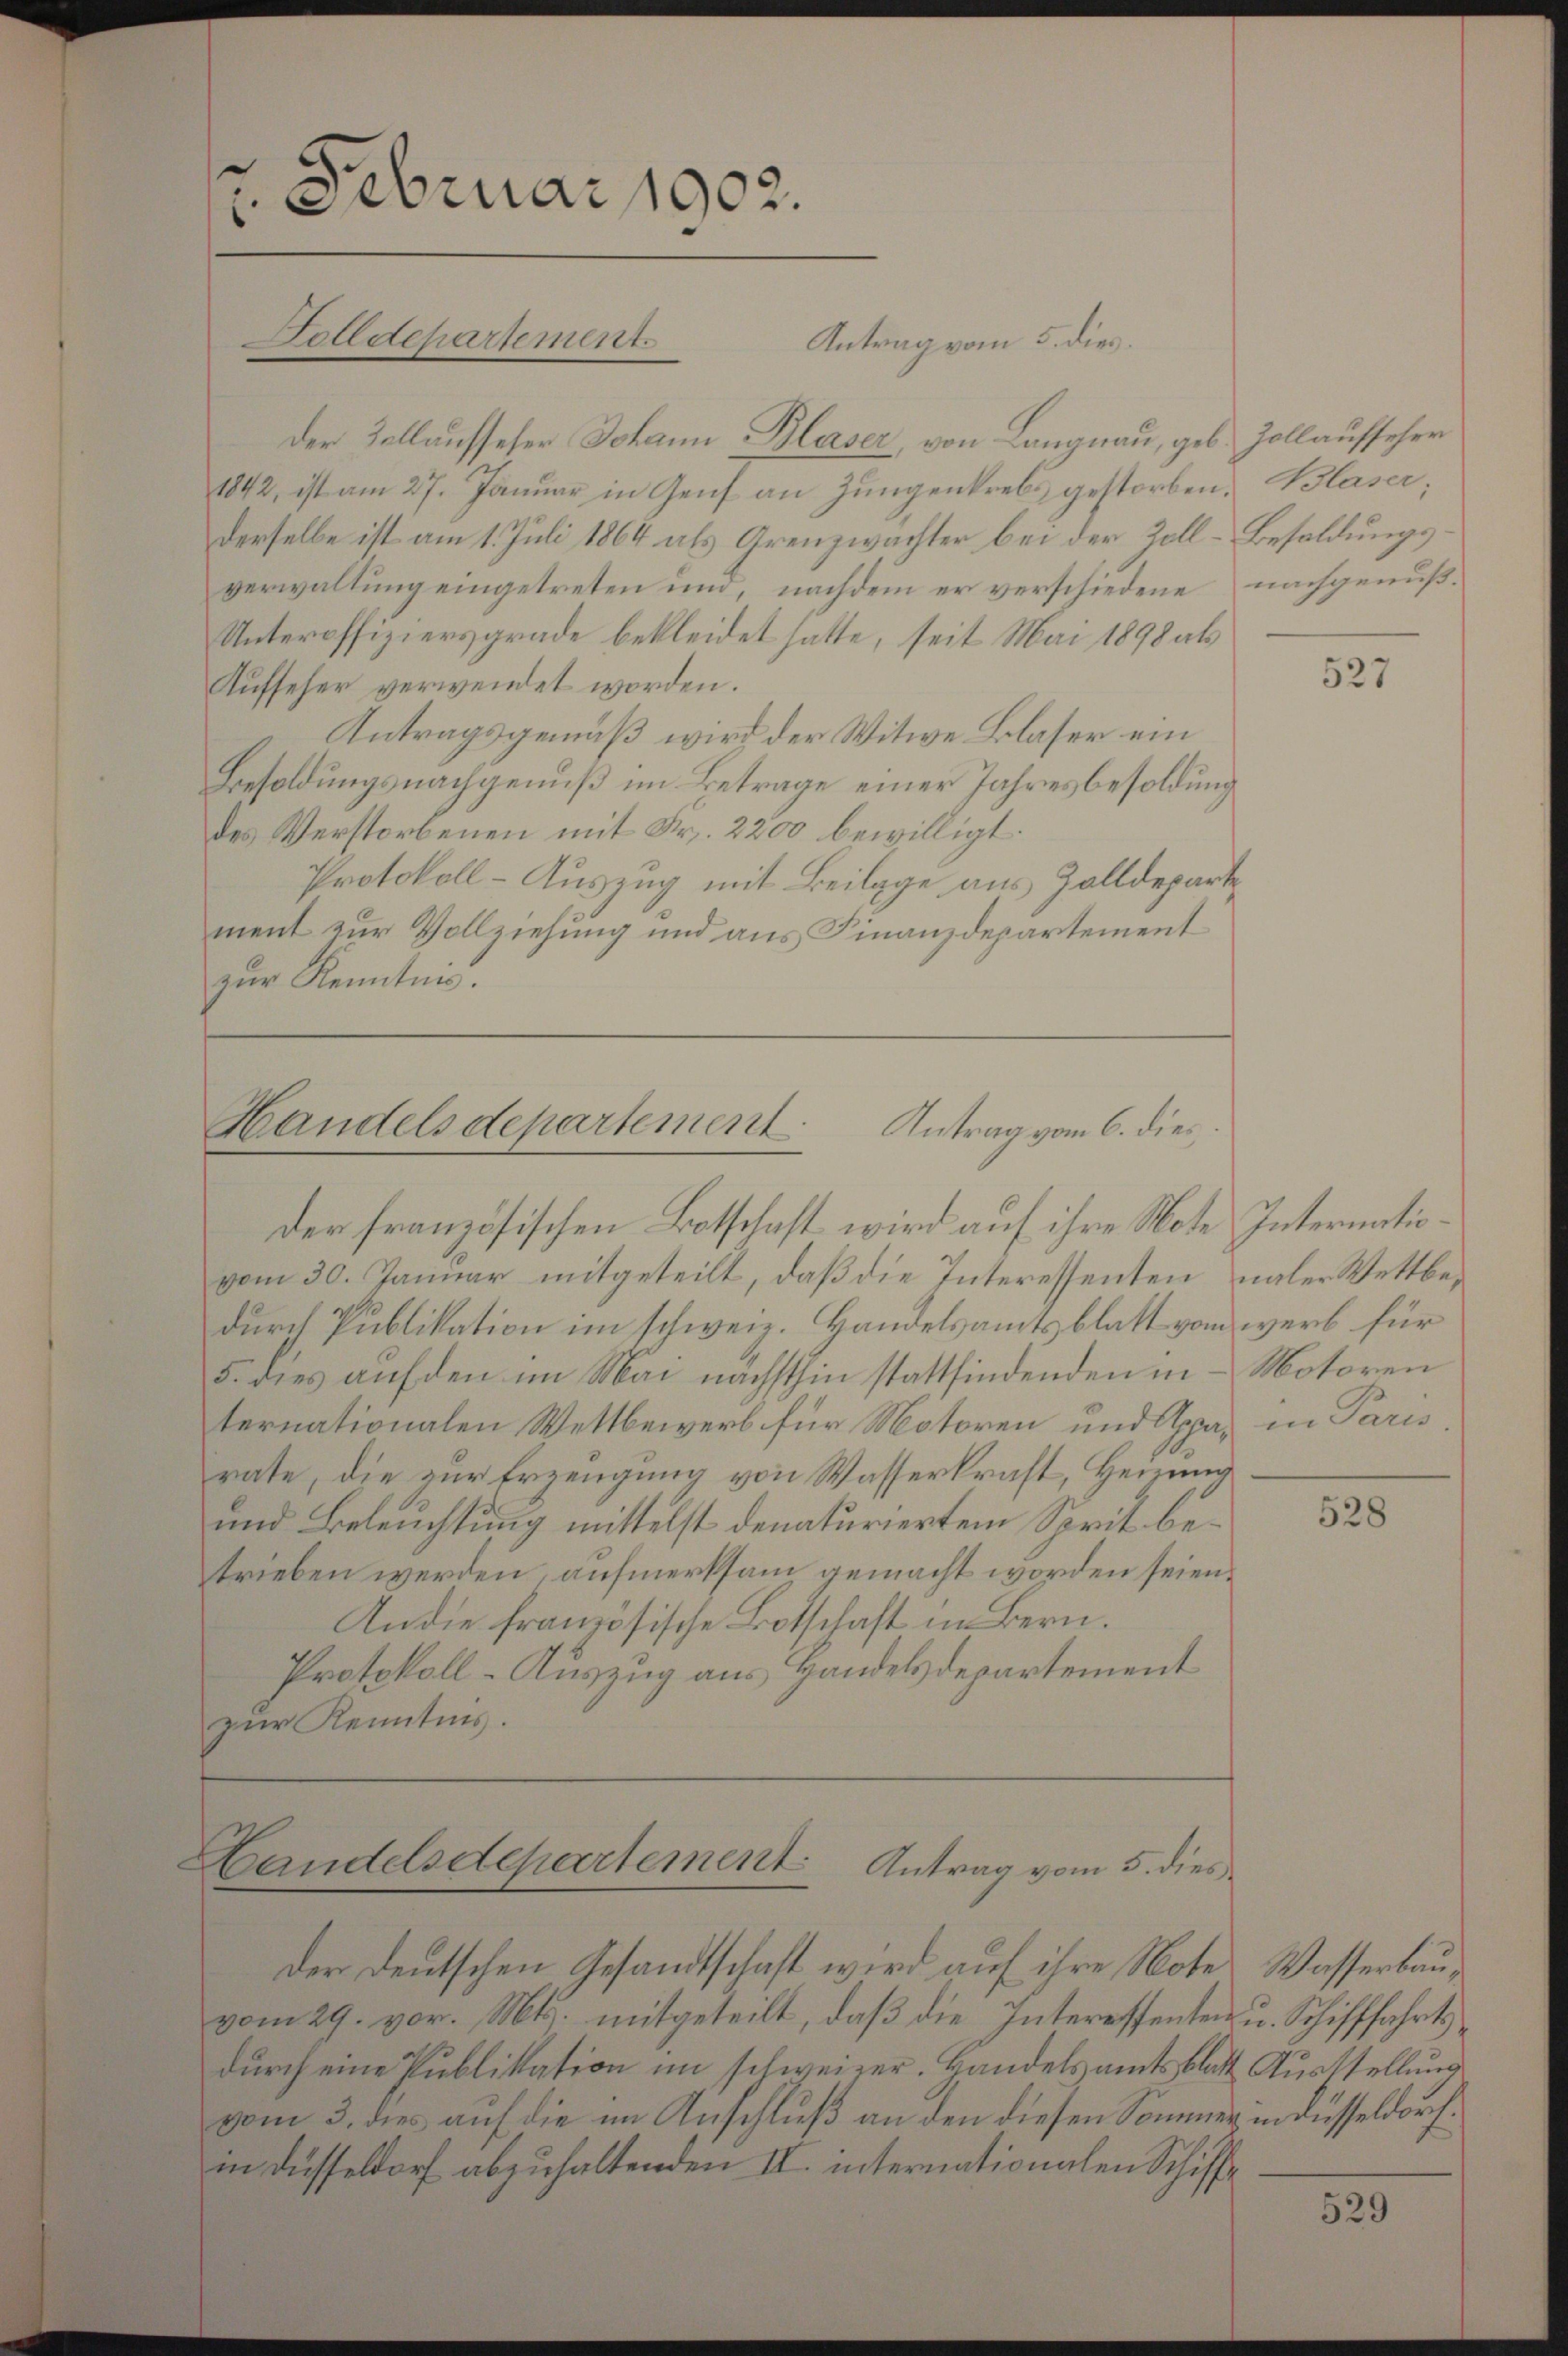
. Februar 1902.
Folldepartement
Antrag vom 5. dies

der Zollausseser Johann Blaser von Langnau, geb. Zollaufseher
1842, ist am 27. Januar in Genf an Zungenkrebs gestorben. Blaser,
derselbe ist am 1. Juli 1864 als Grenzwachter bei der Zoll-Besoldungsverwaltung eingetreten und, nachdem er verschiedene nachgenuß¬
Unteroffiziersgrade bekleidet hatte, seit Mai 1898 als
Aufseher verwendet worden.
Antragsgemäß wird der Witwe Blaser ein
Besoldungsnachgenuß im Betrage einer Jahresbesoldung
des Verstorbenen mit Fr. 2200 bewilligt.
Protokoll - Auszug mit Beilage aus Zolldeparte
ment zur Vollziehung und aus Finanzdepartement
zur Kenntnis.

Handelsdepartement. Antrag vom 6. dies
Der französischen Botschaft wird auf ihre Note Internatio¬

Handelsdepartement Antrag vom 5. dies

vom 30. Januar mitgeteilt, daß die Interessenten naher Wettbedurch Publikation im schweiz. Handelsamtsblatt von werb für
5. dies auf den im Mai nächsthin stattfindenden in Motoren
ternationalen Wettbewerb für Motoren und Appa, in Paris
rate, die zur Erzeugung von Wasserkraft, Heizung
und Beleuchtung mittelst denaturiertem Sprit betrieben werden aufmerksam gemacht worden seien.
An die französische Botschaft in Bern.
Protokoll-Auszug aus Handelsdepartement
zur Kenntnis.

Der deutschen Gesandtschaft wird auf ihre Note Wasserbauvom 29. vor. Mts. mitgeteilt, daß die Interessenten u. Schifffahrtsdurch eine Publikation im schweizer. Handels amtsblatt Ausstellung
vom 3. dies auf die im Anschluß an den diesen Sommer in Düsseldorf.
in Düsseldorf abzuhaltenden II. internationalen Schiff¬

527

528

529